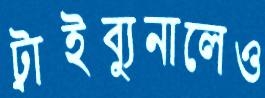
ট্রাইব্যুনালেও